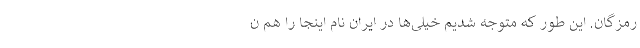
رمزگان. این طور که متوجه شدیم خیلی‌‌ها در ایران نام اینجا را هم ن